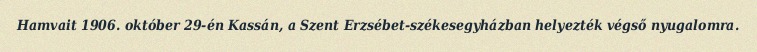
Hamvait 1906. október 29-én Kassán, a Szent Erzsébet-székesegyházban helyezték végső nyugalomra.